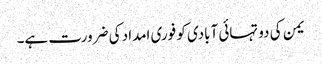
یمن کی دو تہائی آبادی کو فوری امداد کی ضرورت ہے۔